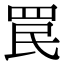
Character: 罠